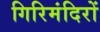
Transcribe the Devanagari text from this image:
गिरिमंदिरों